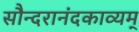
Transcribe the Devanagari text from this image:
सौन्दरानंदकाव्यम्